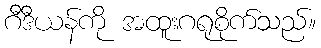
ဂီဒီယန်ကို အထူးဂရုစိုက်သည်။